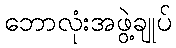
ဘောလုံးအဖွဲ့ချုပ်